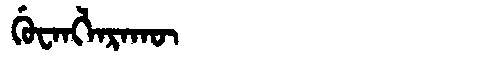
Manchu: ᡤᡠᠸᠠᠩᠯᠠᡵᠠᡴᡡ
Romanization: GUWANGLARAKŪ